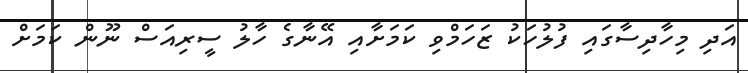
އަދި މިހާދިސާގައި ފުލުހަކު ޒަހަމްވި ކަމަށާއި އޭނާގެ ހާލު ސީރިއަސް ނޫން ކަމަށް